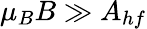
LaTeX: \mu_{B}B\gg A_{hf}